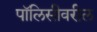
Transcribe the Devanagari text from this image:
पॉलिसीवरील